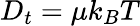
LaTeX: D_{t}=\mu k_{B}T